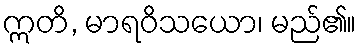
ဣတိ, မာရဝိသယော၊ မည်၏။